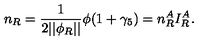
n _ { R } = \frac 1 { 2 | | \phi _ { R } | | } \phi ( 1 + \gamma _ { 5 } ) = n _ { R } ^ { A } I _ { R } ^ { A } .